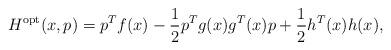
LaTeX: \begin{align*} H^{\mathrm{opt}}(x,p) = p^Tf(x) - \frac{1}{2}p^Tg(x)g^T(x)p + \frac{1}{2} h^T(x)h(x), \end{align*}